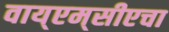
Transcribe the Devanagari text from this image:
वाय्‌एम्‌सीएचा